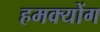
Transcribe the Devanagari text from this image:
हमक्योंग